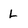
Character: L